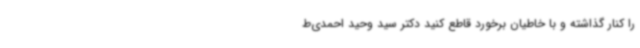
را کنار گذاشته و با خاطیان برخورد قاطع کنید دکتر سید وحید احمدی‌ط